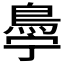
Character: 𬷋